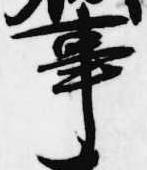
事